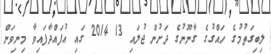
ލިބިގަތުމުގެ ހައްގުގެ ގާނޫނުގެ ދަށުން ޖުލައި 13 2014 ގައި އުފައްދާފައިވާ މިނިވަން